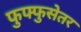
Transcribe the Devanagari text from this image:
फुफ्फुसेतर